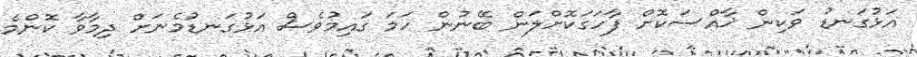
އަޅުގަނޑު ވަކިން ޚާއްސަކޮށް ފާހަގަކޮށްލަން ބޭނުން ހަމަ ގައިމުވެސް އަޅުގަނޑުމެނަށް ދިމާވާ ކޮންމެ